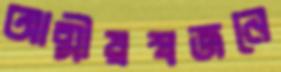
আত্মীয়স্বজনে